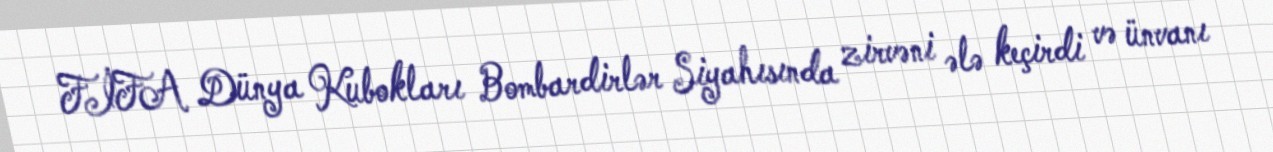
FİFA Dünya Kubokları Bombardirlər Siyahısında zirvəni ələ keçirdi və ünvanı